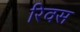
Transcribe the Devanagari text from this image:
रिवस